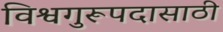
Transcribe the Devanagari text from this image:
विश्वगुरूपदासाठी